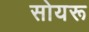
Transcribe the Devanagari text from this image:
सोयरू